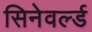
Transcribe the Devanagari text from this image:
सिनेवर्ल्ड